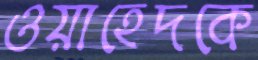
ওয়াহেদকে